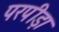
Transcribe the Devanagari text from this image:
परपीड़ा